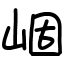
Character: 崓